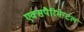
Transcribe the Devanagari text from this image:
एक्सपैरिमेन्टल